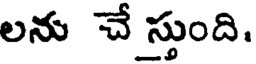
లను చే స్తుంది.